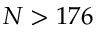
N > 1 7 6